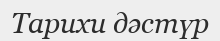
Тарихи дәстүр